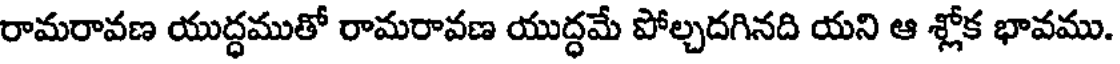
రామరావణ యుద్ధముతో రామరావణ యుద్ధమే పోల్చదగినది యని ఆ శ్లోక భావము.